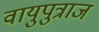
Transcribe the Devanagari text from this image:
वायुपुत्राज